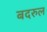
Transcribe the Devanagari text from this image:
बदरुल